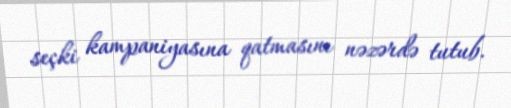
seçki kampaniyasına qatmasını nəzərdə tutub.